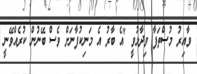
ވާއިރު މުސްތަފާ ވިދާޅުވީ "އެ ބާރު އެ މަނިކުފާނަށް ވެސް ބޭނުން ކުރެއްވޭނީ